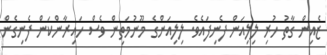
ޒެއިން ގާތު ހުރި ލިލިއަން ފެނިފައެވެ. ލިލިއަންގެ މޫނުމަތިން ވެސް ހައިރާންކަން ފެނިގެން